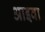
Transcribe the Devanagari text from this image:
आइवा